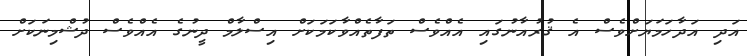
އަދި އަދާހަމަޔަށްވެސް އެ ޤުރުއާނުގައި އެއްވެސް ތަފާތެއްވާކަމަކަށް އިސްލާމް ދީނުގެ އެއްވެސް ދުޝްމިނަކަށް